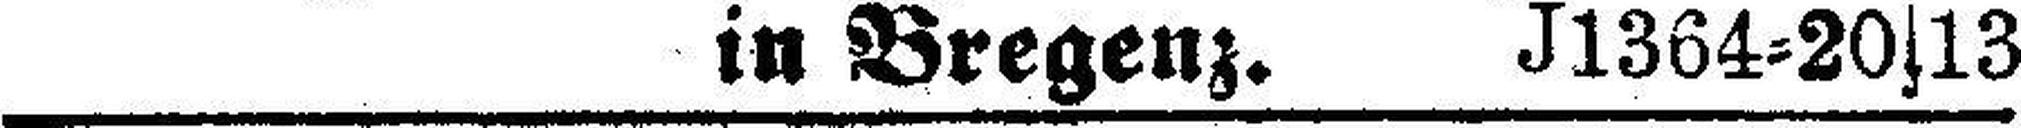
in Bregenz. J1364=20s13